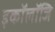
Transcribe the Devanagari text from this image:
इकॉलॉजि